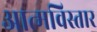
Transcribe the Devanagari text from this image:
आत्मविस्तार